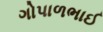
ગોપાળભાઈ